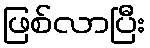
ဖြစ်လာပြီး